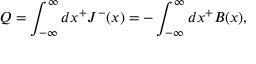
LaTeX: Q = \int _ { - { \infty } } ^ { \infty } d x ^ { + } J ^ { - } ( x ) = - \int _ { - { \infty } } ^ { \infty } d x ^ { + } B ( x ) ,